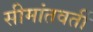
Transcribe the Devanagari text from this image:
सीमांतवर्ती